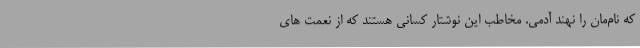
که نام‌مان را نهند آدمی. مخاطب این نوشتار کسانی هستند که از نعمت های